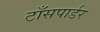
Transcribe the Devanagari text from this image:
टाँसपार्डर